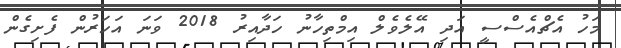
މަހު އެޗްއެސްސީ އަދި އޭލެވެލް އިމްތިހާނު ހަދާއިރު 2018 ވަނަ އަހަރުން ފެށިގެން